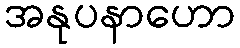
အနုပနာဟော